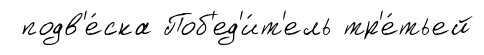
подв'е́ска Поб'ед'и́т'ель тр'е́тьей